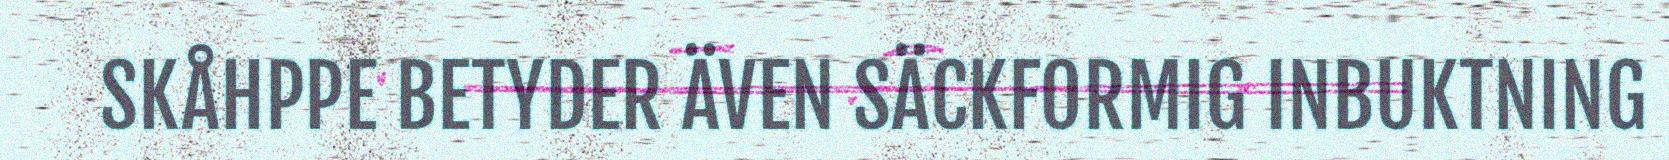
SKÅHPPE BETYDER ÄVEN SÄCKFORMIG INBUKTNING